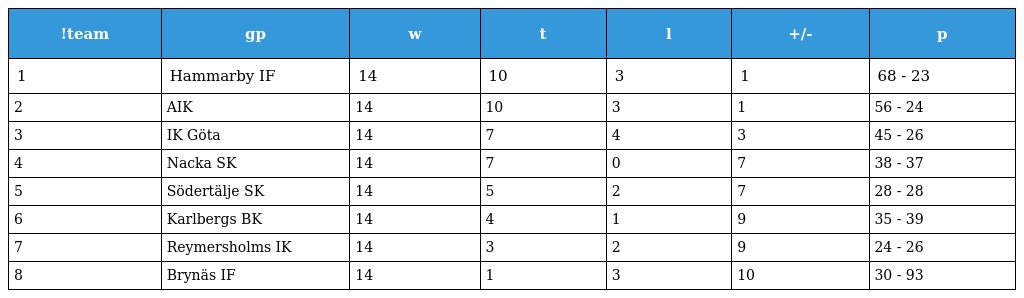
| !team | gp | w | t | l | +/- | p |
 | --- | --- | --- | --- | --- | --- | --- |
 | 1 | Hammarby IF | 14 | 10 | 3 | 1 | 68 - 23 |
 | 2 | AIK | 14 | 10 | 3 | 1 | 56 - 24 |
 | 3 | IK Göta | 14 | 7 | 4 | 3 | 45 - 26 |
 | 4 | Nacka SK | 14 | 7 | 0 | 7 | 38 - 37 |
 | 5 | Södertälje SK | 14 | 5 | 2 | 7 | 28 - 28 |
 | 6 | Karlbergs BK | 14 | 4 | 1 | 9 | 35 - 39 |
 | 7 | Reymersholms IK | 14 | 3 | 2 | 9 | 24 - 26 |
 | 8 | Brynäs IF | 14 | 1 | 3 | 10 | 30 - 93 |